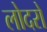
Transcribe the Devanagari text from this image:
लोदरो